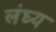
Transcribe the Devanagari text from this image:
लंघ्य